Vaccination United Provinces of Agra and Oudh 1923-1928 - 1923-1928
Year: 1923
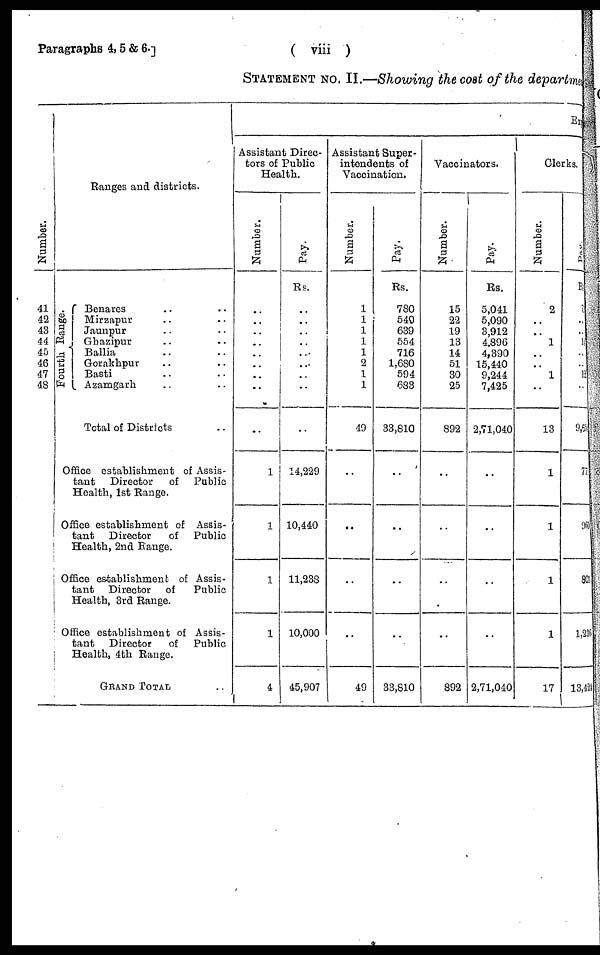
Paragraphs 4, 5 & 6.]
( viii )
STATEMENT NO. II.—Showing the cost of the department
Number.
41
42
43
44
45
46
47
48
Ranges and districts.
Fourth Range.
Benares .. ..
Mirzapur .. ..
Jaunpur .. ..
Ghazipur .. ..
Ballia .. ..
Gorakhpur .. ..
Basti .. ..
Azamgarh .. ..
Total of Districts ..
Office establishment of Assis-
tant
Director
of
Public
Health, 1st Range.
Office establishment of Assis-
tant
Director
of
Public
Health, 2nd Range.
Office establishment of Assis-
tant Director
of
Public
Health, 3rd Range.
Office establishment of Assis-
tant
Director
of
Public
Health, 4th Range.
GRAND TOTAL ..
Exp
Assistant Direc-
tors of Public
Health.
Number.
..
..
..
..
..
..
..
..
..
1
1
1
1
4
Pay.
Rs.
..
..
..
..
..
..
..
..
..
14,229
10,440
11,233
10,000
45,907
Assistant Super-
intendents of
Vaccination.
Number.
1
1
1
1
1
2
1
1
49
..
..
..
..
49
Pay.
Rs.
780
540
639
554
716
1,680
594
683
33,810
..
..
..
..
33,810
Vaccinators.
Number.
15
22
19
13
14
51
30
25
892
..
..
..
..
892
Pay.
Rs.
5,041
5,090
3,912
4,896
4,390
15,440
9,244
7,425
2,71,040
..
..
..
..
2,71,040
Clerks.
Number.
2
..
..
1
..
..
1
..
13
1
1
1
1
17
Pay.
Rs.
..
..
..
..
..
..
15
..
9,65
779
960
801
1,236
13,424